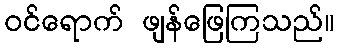
ဝင်ရောက် ဖျန်ဖြေကြသည်။